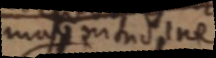
magnitudine